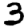
Digit: 3